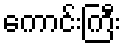
ကောင်းကြီး